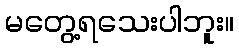
မတွေ့ရသေးပါဘူး။